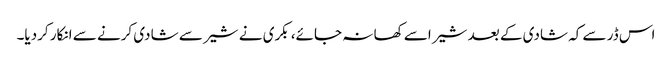
اس ڈر سے کہ شادی کے بعد شیر اسے کھا نہ جائے، بکری نے شیر سے شادی کرنے سے انکار کردیا۔